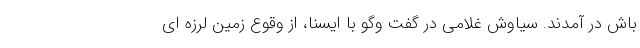
باش در آمدند. سیاوش غلامی در گفت وگو با ایسنا، از وقوع زمین لرزه ای